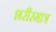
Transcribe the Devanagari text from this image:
शरीरमात्र